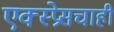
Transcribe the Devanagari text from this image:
एक्स्प्रेसचाही